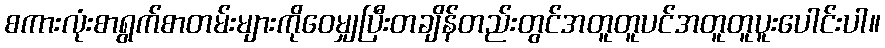
စကားလုံးစာရွက်စာတမ်းများကိုဝေမျှပြီးတချိန်တည်းတွင်အတူတူပင်အတူတူပူးပေါင်းပါ။